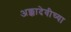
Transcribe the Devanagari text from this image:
अक्कादेवीच्या